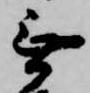
無